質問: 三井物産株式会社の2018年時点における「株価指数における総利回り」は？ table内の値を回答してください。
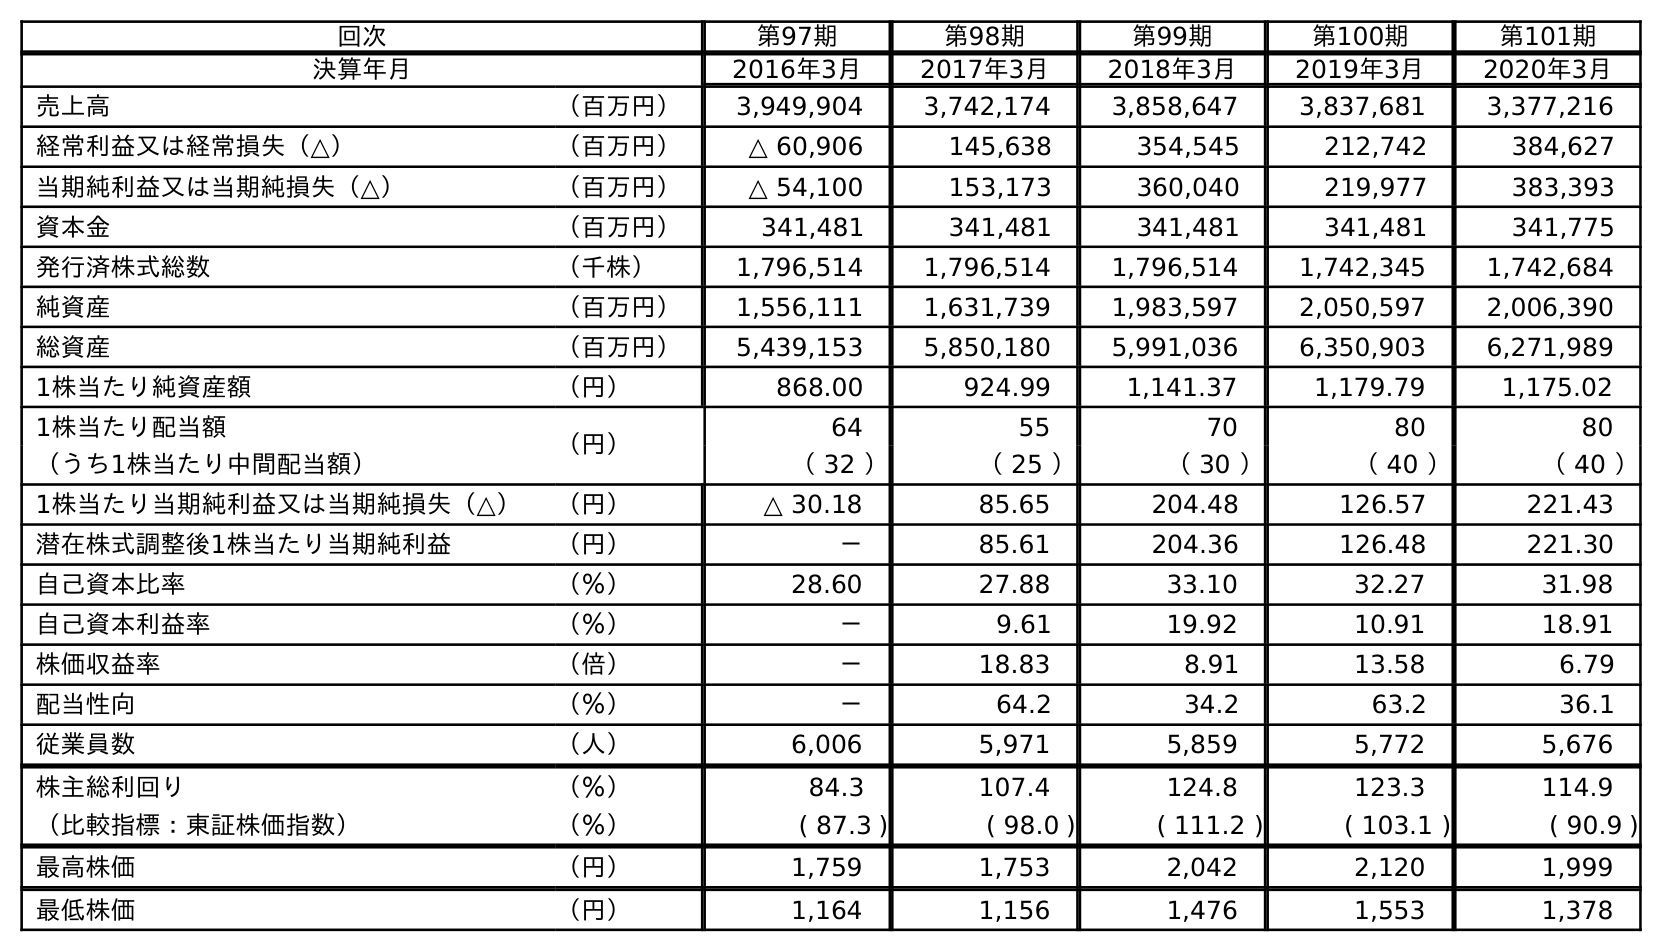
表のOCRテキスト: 回次 第97期 第98期 第99期 第100期 第101期 決算年月 2016年3月 2017年3月 2018年3月 2019年3月 2020年3月 売上高 （百万円） 3,949,904 3,742,174 3,858,647 3,837,681 3,377,216 経常利益又は経常損失（△） （百万円） △ 60,906 145,638 354,545 212,742 384,627 当期純利益又は当期純損失（△） （百万円） △ 54,100 153,173 360,040 219,977 383,393 資本金 （百万円） 341,481 341,481 341,481 341,481 341,775 発行済株式総数 （千株） 1,796,514 1,796,514 1,796,514 1,742,345 1,742,684 純資産 （百万円） 1,556,111 1,631,739 1,983,597 2,050,597 2,006,390 総資産 （百万円） 5,439,153 5,850,180 5,991,036 6,350,903 6,271,989 1株当たり純資産額 （円） 868.00 924.99 1,141.37 1,179.79 1,175.02 1株当たり配当額 （円） 64 55 70 80 80 （うち1株当たり中間配当額） （ 32 ） （ 25 ） （ 30 ） （ 40 ） （ 40 ） 1株当たり当期純利益又は当期純損失（△） （円） △ 30.18 85.65 204.48 126.57 221.43 潜在株式調整後1株当たり当期純利益 （円） － 85.61 204.36 126.48 221.30 自己資本比率 （％） 28.60 27.88 33.10 32.27 31.98 自己資本利益率 （％） － 9.61 19.92 10.91 18.91 株価収益率 （倍） － 18.83 8.91 13.58 6.79 配当性向 （％） － 64.2 34.2 63.2 36.1 従業員数 （人） 6,006 5,971 5,859 5,772 5,676 株主総利回り （％） 84.3 107.4 124.8 123.3 114.9 （比較指標：東証株価指数） （％） ( 87.3 ) ( 98.0 ) ( 111.2 ) ( 103.1 ) ( 90.9 ) 最高株価 （円） 1,759 1,753 2,042 2,120 1,999 最低株価 （円） 1,164 1,156 1,476 1,553 1,378
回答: (111.2)